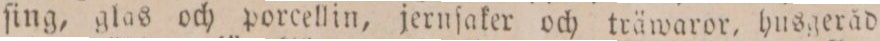
ſing, glas och porcellin, jernſaker och träwaror, husgeråd